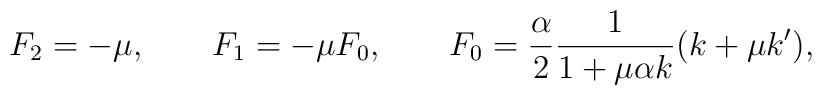
F_2 = - \mu, \qquad F_1 = - \mu F_0, \qquad F_0 =\frac{\alpha}{2} \frac{1}{1 + \mu \alpha k} ( k + \mu k'),